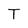
Character: T